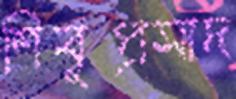
শিবুপ্রসাদ